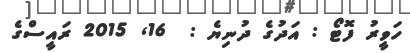
ހަވީރު ފޮޓޯ : އަދުގެ ދުނިޔެ :  16